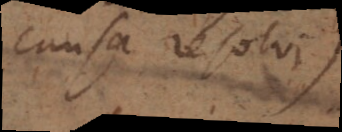
causa resolvi)